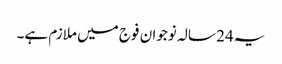
یہ24 سالہ نوجوان فوج میں ملازم ہے۔